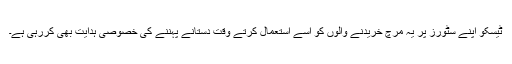
ٹیسکو اپنے سٹورز پر یہ مرچ خریدنے والوں کو اسے استعمال کرتے وقت دستانے پہننے کی خصوصی ہدایت بھی کررہی ہے۔